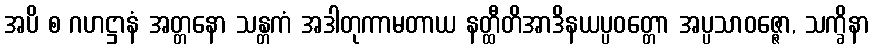
အပိ စ ဂဟဋ္ဌာနံ အတ္တနော သန္တကံ အဒါတုကာမတာယ နတ္ထီတိအာဒိနယပ္ပဝတ္တော အပ္ပသာဝဇ္ဇော, သက္ခိနာ